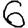
Digit: 6